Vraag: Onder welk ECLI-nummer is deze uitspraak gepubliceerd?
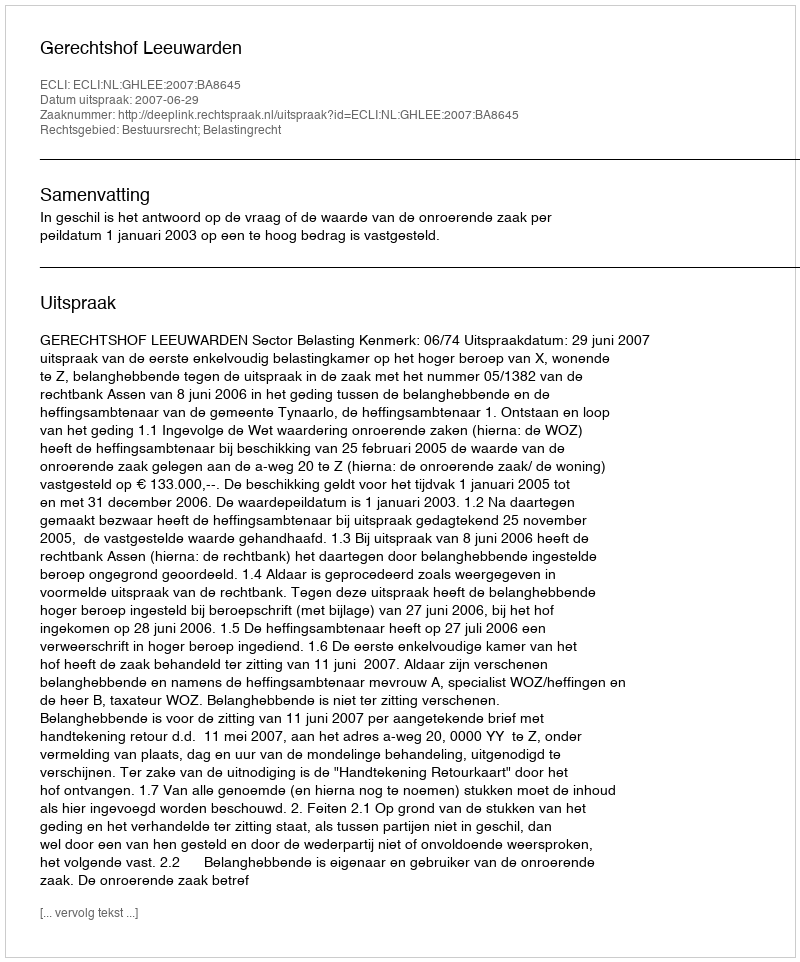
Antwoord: ECLI:NL:GHLEE:2007:BA8645